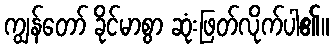
ကျွန်တော် ခိုင်မာစွာ ဆုံးဖြတ်လိုက်ပါ၏။